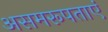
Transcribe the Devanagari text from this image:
असमरूपताएं